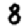
Digit: 8